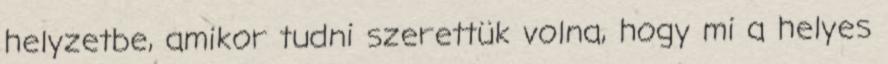
helyzetbe, amikor tudni szerettük volna, hogy mi a helyes